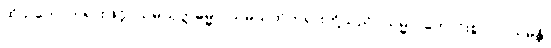
ထိုသဘောတရားဖြင့်။ သမ္ပယုတ္တဓမ္မာ၊ သမ္ပယုတ်တရားတို့သည်။ သမ္မာ၊ ကောင်းစွာ။ ဝါယမန္တိ၊